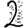
Digit: 2